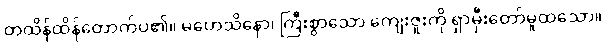
တထိန်ထိန်တောက်ပ၏။ မဟေသိနော၊ ကြီးစွာသော ကျေးဇူးကို ရှာမှီးတော်မူထသော။